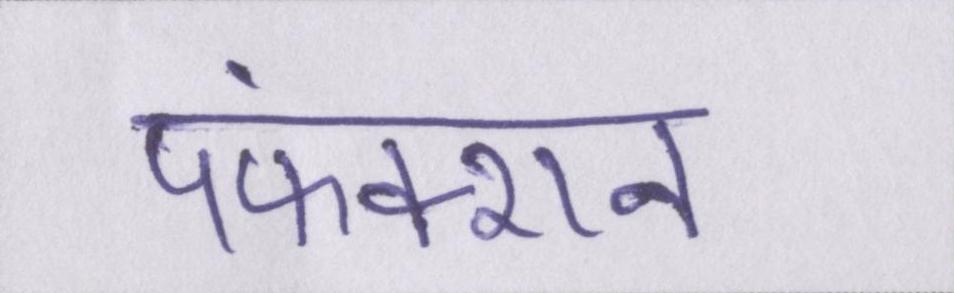
पफंक्शन